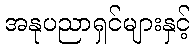
အနုပညာရှင်များနှင့်